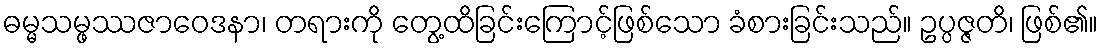
ဓမ္မသမ္ဖဿဇာဝေဒနာ၊ တရားကို တွေ့ထိခြင်းကြောင့်ဖြစ်သော ခံစားခြင်းသည်။ ဥပ္ပဇ္ဇတိ၊ ဖြစ်၏။